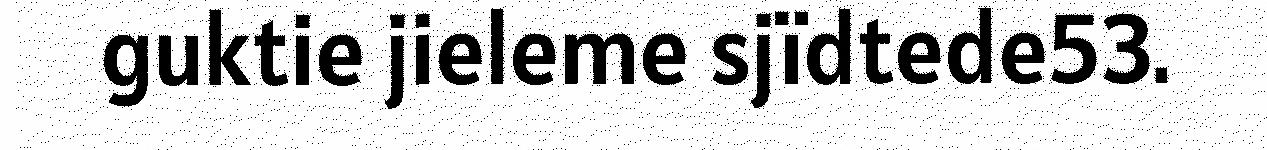
guktie jieleme sjïdtede53.